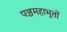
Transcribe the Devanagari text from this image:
पञ्चमहाभूतों